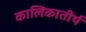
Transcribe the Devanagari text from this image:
कालिकातीर्थ